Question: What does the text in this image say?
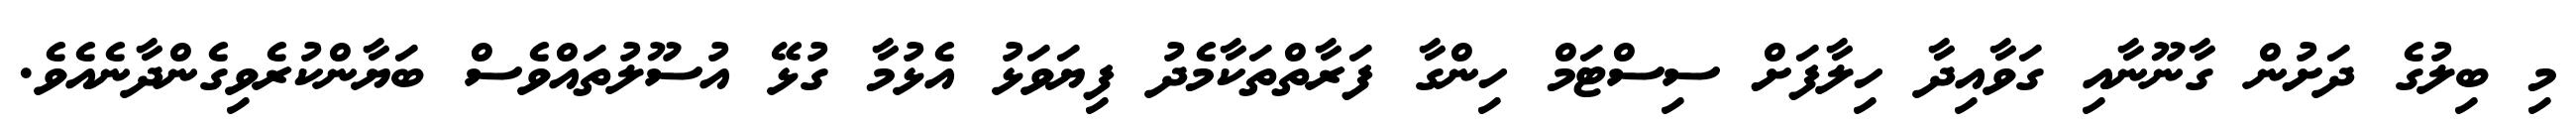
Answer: މި ބިލުގެ ދަށުން ގާނޫނާއި ގަވާއިދާ ހިލާފަށް ސިސްޓަމް ހިންގާ ފަރާތްތަކާމެދު ފިޔަވަޅު އެޅުމާ ގުޅޭ އުސޫލުތައްވެސް ބަޔާންކުރެވިގެންދާނެއެވެ.